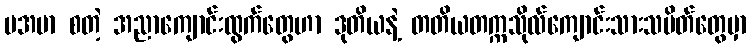
မအမာ စတဲ့ အညာကျောင်းထွက်တွေဟာ ဒုတိယနဲ့ တတိယတက္ကသိုလ်ကျောင်းသားသပိတ်တွေမှာ